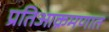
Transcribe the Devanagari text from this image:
प्रतिआक्रमणात